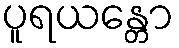
ပူရယန္တော